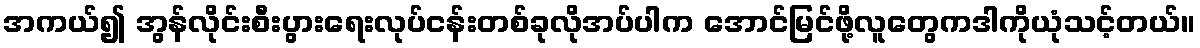
အကယ်၍ အွန်လိုင်းစီးပွားရေးလုပ်ငန်းတစ်ခုလိုအပ်ပါက အောင်မြင်ဖို့လူတွေကဒါကိုယုံသင့်တယ်။